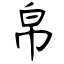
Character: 帛